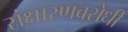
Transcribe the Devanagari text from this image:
संक्षारणबरोधी